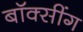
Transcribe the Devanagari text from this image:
बॉक्सींग